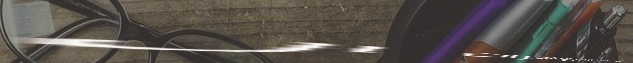
أحدث موديلات المجوهرات ال